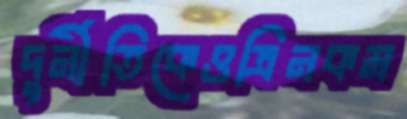
দুর্নীতিকেওত্রিনকম